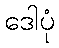
ဒေါပုံ